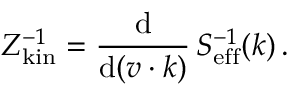
Z _ { \mathrm { k i n } } ^ { - 1 } = { \frac { \mathrm { d } } { \mathrm { d } ( v \cdot k ) } } \, S _ { \mathrm { e f f } } ^ { - 1 } ( k ) \, .